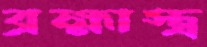
ব্রহ্মাস্ত্র